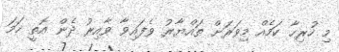
މި ހުރިހާ ކަމެއް މިވަރަށް ތައްޔާރު ވެފައިވާ ވާއިރު ދެން އޮތީ ހަމަ